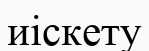
иіскету